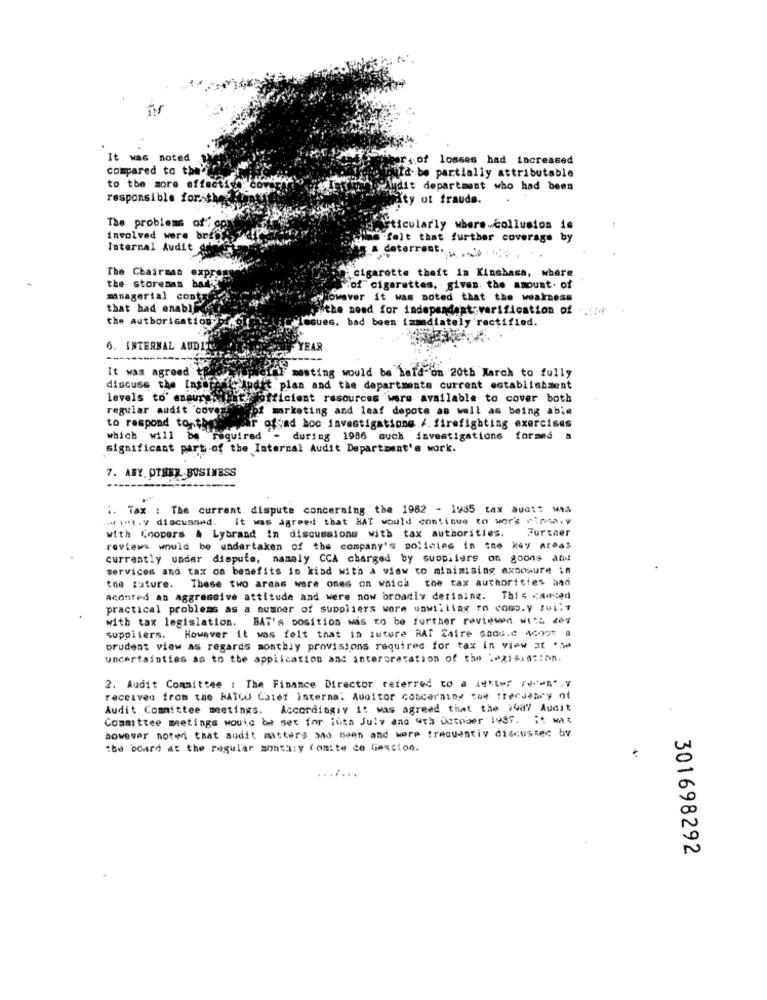
It was noted
:of losses had increased
compared to the'
qtd be partially attributable
to the more effect:
idit department who had been
responsible forsthes
Aty of fraude.
The problems of
ticularly where collusion is
involved were brig
felt that further coverage by
Internal Audit de
deterrent. .. ... . . .
The Chairman expro
cigarette theft in Kinshasa, where
the storesan ball;
"of" cigarettes, given. the amount. of
managerial contr
allowaver it was noted that the weakness
that had enabl
sithe need for independentsverification of ...
the authorisation
.sues. bad been immediately 'rectified.
6. INTERNAL AUDIT
EAR
It was agreed
Imesting would be held on 20th March to fully
discuss the [ash
idet plan and the departmente current establishment
levels to' aneurys flat dofficient resources were available to cover both
regular audit cover
bi marketing and leaf depots as well as being able
to respond to the
ofcad hoc investigations./. firefighting exercises
which will be required - during 1986 auch investigations formed a
Significant part of the Internal Audit Department's work.
7. ABY. OTHER BUSINESS
i. Tax : The currant dispute concerning the 1982 - 1985 tax audt: ma
1H1. 7 discussed. it was agreed that HAT would continue to work cinda.y
with Coopers & Lybrand in discussions with tax authorities. Further
reviews would be undertaken of the company's policies in the key areas
currently under dispute, namely CCA charged by suopiters on goods and
services and tax on benefits in kind with a view to minimising exposure in
These two areas ware ones on which the tax authorities bad
the zature.
aconted an aggressive attitude and were now broadly defining. This canced
practical problems as a number of suppliers wore unwilling ro comp. y fui: 1
with tax legislation. BAT's position was to be further reviewen with dev
suppiters. However it was felt that in suture RAT Zaire Ghou.c 4699t a
prudent view as regards monthly provisions required for tax in view at *de
uncertainties as to the application and interpretation of the legislation.
2. Audit Committee : The Finance Director referred to a sekter re."n".y
received from the RATCU Calef internal Auditor concerning cow trecseary of
Audit Committee meetings. Accordingiy it was agreed that the 1487 Audit
Committee metings would be set for ioth July and 4th October 1987. it Was
bowevar noted that audit matters sao neen and were trecuantiv discussed by
the board at the regular monthly (omite de Gestion.
.......
301698292